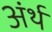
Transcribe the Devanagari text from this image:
अंर्थ